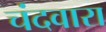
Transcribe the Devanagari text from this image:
चंदवारा